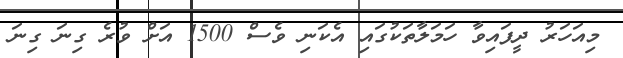
މިއަހަރު ދީފައިވާ ހަމަލާތަކުގައި އެކަނި ވެސް 1500 އަށް ވުރެ ގިނަ ގިނަ